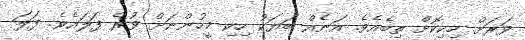
ވަރަށް ހިކިކޮށް ތިބެއެވެ. އަނެއް ބަޔަކު ހިކި މީހުންނަށް ވުރެ ފަލައެވެ. ފަލަ